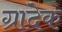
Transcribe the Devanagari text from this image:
ग्रादेक